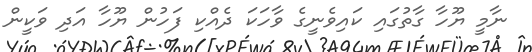
ނާމީ ޔޫހާ ގާތުގައި ކައިވެނީގެ ވާހަކަ ދެއްކި ފަހުން ޔޫހާ އަދި ވަކީން